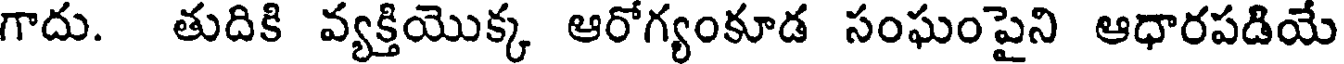
గాదు. తుదికి వ్యక్తియొక్క ఆరోగ్యంకూడ సంఘంపైని ఆధారపడియే